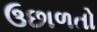
ઉછાળતો